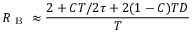
R _ { \mathrm { ~ B ~ } } \approx \frac { 2 + C T / 2 \tau + 2 ( 1 - C ) T D } { T }